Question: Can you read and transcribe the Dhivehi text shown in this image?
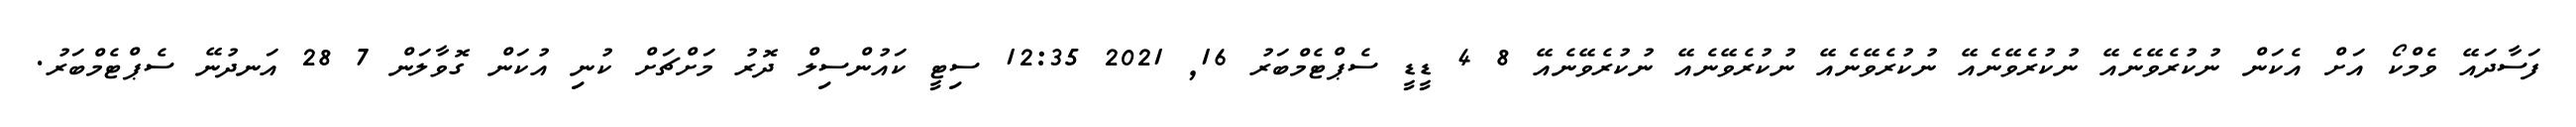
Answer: ފަސާދައޭ ވެމްކޯ އަށް އެކަން ނުކުރެވޭނެއޭ ނުކުރެވޭނެއޭ ނުކުރެވޭނެއޭ ނުކުރެވޭނެއޭ ނުކުރެވޭނެއޭ 8 4 ޑީޑީ ސެޕްޓެމްބަރު 16, 2021 12:35 ސިޓީ ކައުންސިލް ދޮރު މަށްޗަށް ކުނި އުކަން ގޮވާލަން 7 28 އަނދުނޭ ސެޕްޓެމްބަރު.